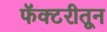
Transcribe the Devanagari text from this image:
फॅक्टरीतून